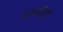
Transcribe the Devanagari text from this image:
अलागिरी